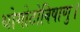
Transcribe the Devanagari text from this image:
थोगोटोविषाणु।